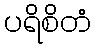
ပရိစိတံ